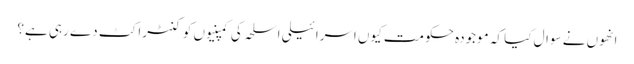
انھوں نے سوال کیا کہ موجودہ حکومت کیوں اسرائیلی اسلحہ کی کمپنیوں کو کنٹراکٹ دے رہی ہے؟